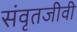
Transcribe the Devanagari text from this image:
संवृतजीवी